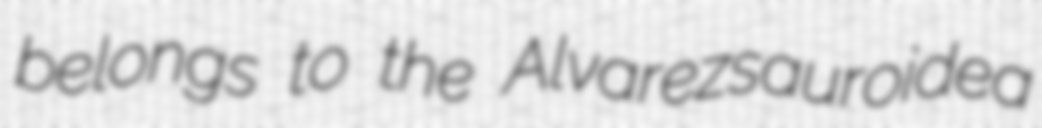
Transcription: belongs to the Alvarezsauroidea